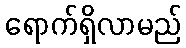
ရောက်ရှိလာမည်